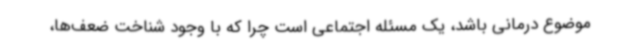
موضوع درمانی باشد، یک مسئله اجتماعی است چرا که با وجود شناخت ضعف‌ها،